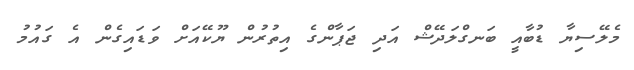
މެލޭސިޔާ ޑުބާއީ ބަނގްލަދޭޝް އަދި ޖަޕާންގެ އިތުރުން ޔޫކޭއަށް ވަޑައިގެން އެ ގައުމު